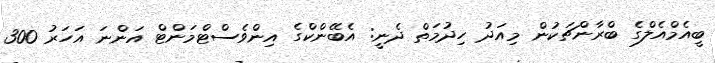
ބީއެމްއެލްގެ ބްރާންޗަކުން މިއަދު ހިދުމަތް ދެނީ: އެބޭންކްގެ އިންވެސްޓްމަންޓް އަންނަ އަހަރު 300